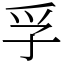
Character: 孚